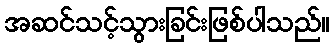
အဆင်သင့်သွားခြင်းဖြစ်ပါသည်။